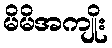
မိမိအကျိုး